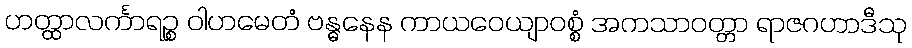
ဟတ္ထာလင်္ကာရဉ္စ ဝါဟမေတံ ဗန္ဓနေန ကာယဝေယျာဝစ္စံ အကသာဝတ္တာ ရာဇဂဟာဒီသု